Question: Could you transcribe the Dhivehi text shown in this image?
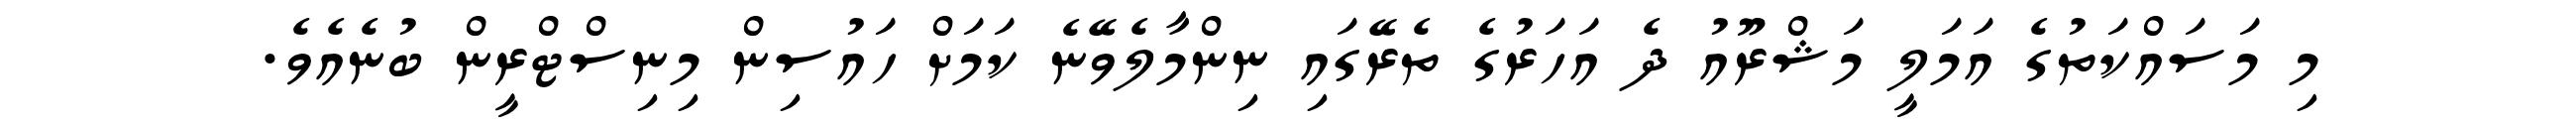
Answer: މި މަސައްކަތުގެ އަމަލީ މަޝްރޫއު ދެ އަހަރުގެ ތެރޭގައި ނިންމާލެވޭނެ ކަމަށް ހައުސިން މިނިސްޓްރީން ބުނެއެވެ.